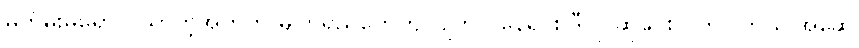
မတိမ်းမရှောင် သာတဲ့အတွက် မျက်ရည်တွေကျလျက် ငိုနေရင်း ဒီလို ဆုပေးလိုက်ပါတယ်။အဆွေ